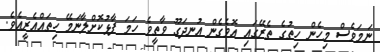
ނަމަވެސް މިހެން ހިތުގެ ތެރޭގައި އޮވެގެން އުނދަގޫ ވާތީވެ ހަމަ ފާޅުކޮށްލާނަމޭ ހިތައްއެރީއެވެ.